Document type: Emphyteutic lease
Year: 1295
Scribe: Pere de Noguera, prevere
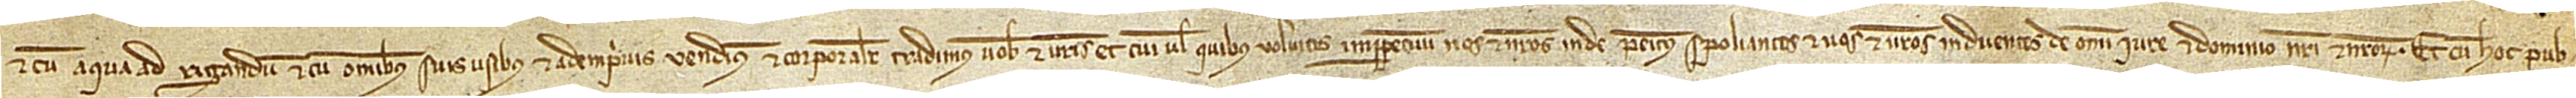
et cum aqua ad rigandum, et cum omnibus suis usibus et ademprivis, vendimus et corporaliter tradimus vobis et vestris et cui vel quibus imperpetuum nos et nostros inde penitus spoliantes et vos et vestros induentes de omni iure et dominio nostri et nostrorum, et cum hoc pub-